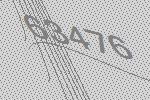
63476